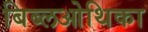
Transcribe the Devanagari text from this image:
बिब्लओथिका